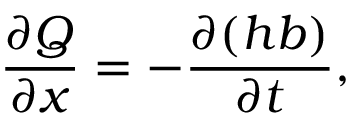
\frac { \partial Q } { \partial x } = - \frac { \partial ( h b ) } { \partial t } ,